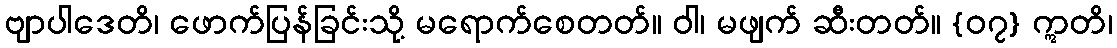
ဗျာပါဒေတိ၊ ဖောက်ပြန်ခြင်းသို့ မရောက်စေတတ်။ ဝါ၊ မဖျက် ဆီးတတ်။ {၀၇} ဣတိ၊